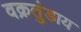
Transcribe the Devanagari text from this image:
वक्रतुंडाय